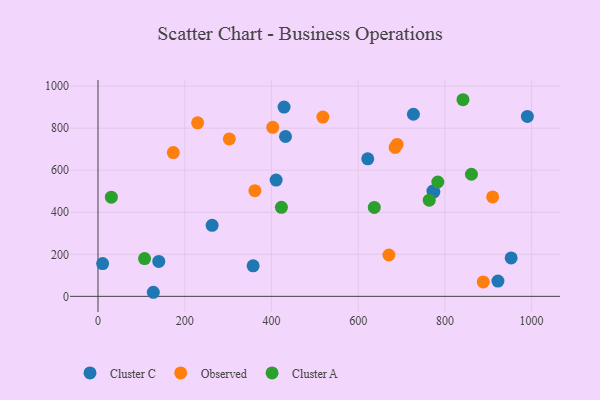
{"axis": {"x": "Ad Spend", "y": "Fuel Efficiency"}, "legend": ["Cluster A", "Cluster C", "Observed"], "data": [{"x": "952.8", "y": 182.8, "type": "Cluster C"}, {"x": "990.2", "y": 856.1, "type": "Cluster C"}, {"x": "127.6", "y": 19.4, "type": "Cluster C"}, {"x": "432.4", "y": 760.4, "type": "Cluster C"}, {"x": "727.4", "y": 866.3, "type": "Cluster C"}, {"x": "140.2", "y": 166.2, "type": "Cluster C"}, {"x": "922.3", "y": 72.7, "type": "Cluster C"}, {"x": "410.8", "y": 553.1, "type": "Cluster C"}, {"x": "774.6", "y": 497.3, "type": "Cluster C"}, {"x": "622.1", "y": 654.4, "type": "Cluster C"}, {"x": "357.8", "y": 145.0, "type": "Cluster C"}, {"x": "772.4", "y": 500.7, "type": "Cluster C"}, {"x": "10.7", "y": 155.7, "type": "Cluster C"}, {"x": "263.2", "y": 338.0, "type": "Cluster C"}, {"x": "429.1", "y": 900.2, "type": "Cluster C"}, {"x": "518.6", "y": 852.9, "type": "Observed"}, {"x": "910.1", "y": 473.1, "type": "Observed"}, {"x": "689.8", "y": 722.8, "type": "Observed"}, {"x": "229.8", "y": 825.6, "type": "Observed"}, {"x": "361.9", "y": 502.6, "type": "Observed"}, {"x": "403.0", "y": 804.1, "type": "Observed"}, {"x": "302.9", "y": 748.7, "type": "Observed"}, {"x": "173.7", "y": 683.8, "type": "Observed"}, {"x": "670.9", "y": 196.7, "type": "Observed"}, {"x": "888.4", "y": 68.8, "type": "Observed"}, {"x": "685.2", "y": 708.6, "type": "Observed"}, {"x": "763.9", "y": 457.5, "type": "Cluster A"}, {"x": "783.6", "y": 544.0, "type": "Cluster A"}, {"x": "861.2", "y": 580.8, "type": "Cluster A"}, {"x": "423.0", "y": 423.4, "type": "Cluster A"}, {"x": "107.4", "y": 179.7, "type": "Cluster A"}, {"x": "637.2", "y": 423.1, "type": "Cluster A"}, {"x": "30.8", "y": 471.6, "type": "Cluster A"}, {"x": "841.7", "y": 935.4, "type": "Cluster A"}]}